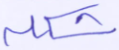
شكله